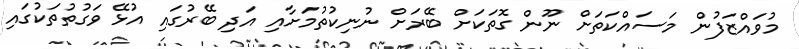
މުވައްޒަފުން މަސައްކަތަށް ނޫން ގޮތަކަށް ބޭރަށް ނުނިކުތުމަށާއި އަދި ބޭރުގައި އުޅޭ ވަގުތުތަކުގައި